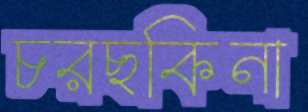
চরছকিনা